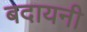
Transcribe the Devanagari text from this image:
बदायनी